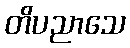
တိပညာသေ